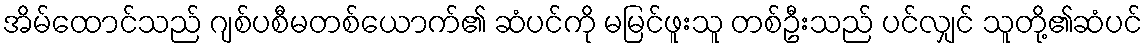
အိမ်ထောင်သည် ဂျစ်ပစီမတစ်ယောက်၏ ဆံပင်ကို မမြင်ဖူးသူ တစ်ဦးသည် ပင်လျှင် သူတို့၏ဆံပင်